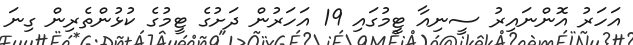
އަހަރު އޮންނައިރު ސީނިއާ ޓީމުގައި 19 އަހަރުން ދަށުގެ ޓީމުގެ ކުޅުންތެރިން ގިނަ